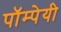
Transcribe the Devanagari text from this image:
पॉम्पेयी